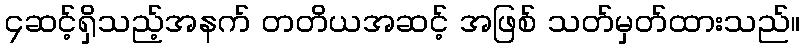
၄ဆင့်ရှိသည့်အနက် တတိယအဆင့် အဖြစ် သတ်မှတ်ထားသည်။